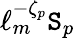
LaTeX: \ell_{m}^{-\zeta_{p}}\mathtt{S}_{p}